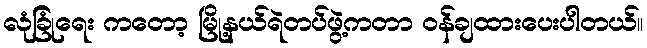
လုံခြုံရေး ကတော့ မြို့နယ်ရဲတပ်ဖွဲ့ကတာ ဝန်ချထားပေးပါတယ်။